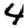
Digit: 4